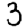
Digit: 3